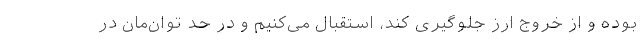
بوده و از خروج ارز جلوگیری کند، استقبال می‌کنیم و در حد توان‌مان در